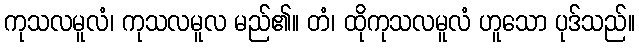
ကုသလမူလံ၊ ကုသလမူလ မည်၏။ တံ၊ ထိုကုသလမူလံ ဟူသော ပုဒ်သည်။